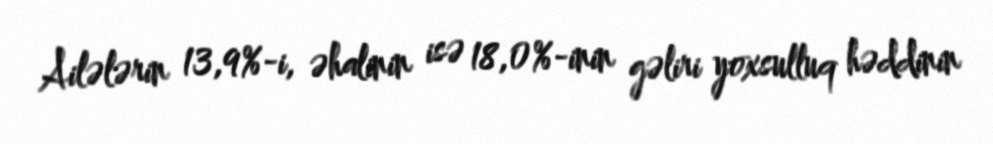
Ailələrin 13,9%-i, əhalinin isə 18,0%-inin gəliri yoxsulluq həddinin